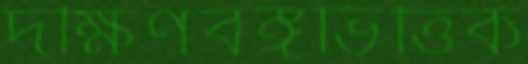
দক্ষিণবঙ্গভিত্তিক